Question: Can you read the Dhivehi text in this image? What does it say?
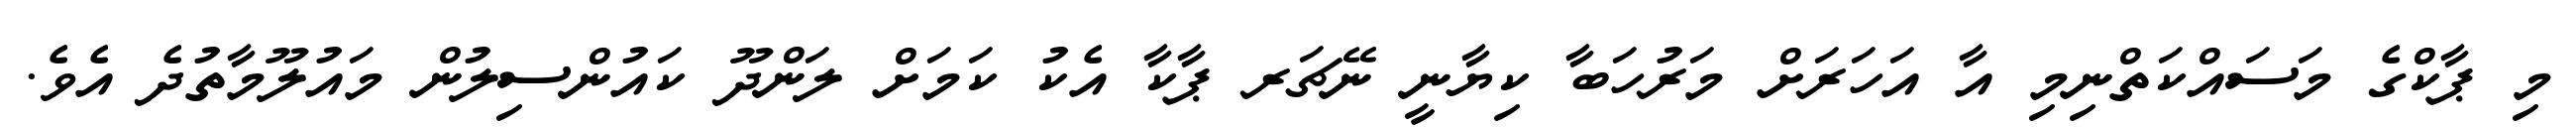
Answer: މި ޕާކްގެ މަސައްކަތްނިމި އާ އަހަރަށް މަރުހަބާ ކިޔާނީ ނޭޗަރ ޕާކާ އެކު ކަމަށް ލަންދޫ ކައުންސިލުން މައުލޫމާތުދެ އެވެ.